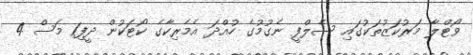
ވޯޓްލާ މަރުކަޒުތަކުގައި ސެލްފީ ނެގުމުގެ ހުއްދަ އެމެރިކާގެ ކޯޓަކުން ދީފި1 މަސް 4